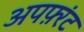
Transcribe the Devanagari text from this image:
अपफ़्रंट